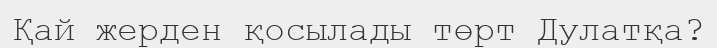
Қай жерден қосылады төрт Дулатқа?